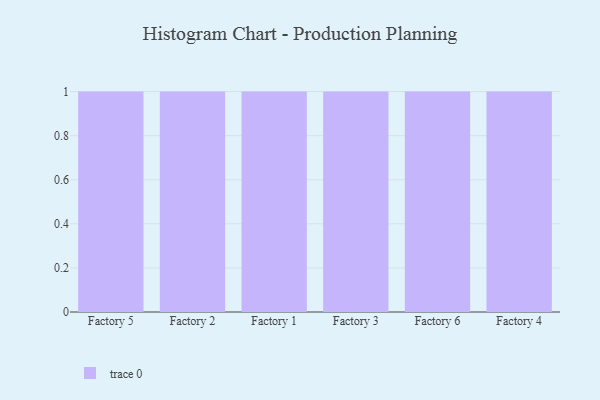
{"axis": {"x": "Factory", "y": "Inventory Turnover"}, "legend": [""], "data": [{"x": "Factory 5", "y": 62, "type": ""}, {"x": "Factory 2", "y": 92, "type": ""}, {"x": "Factory 1", "y": 74, "type": ""}, {"x": "Factory 3", "y": 100, "type": ""}, {"x": "Factory 6", "y": 25, "type": ""}, {"x": "Factory 4", "y": 50, "type": ""}]}